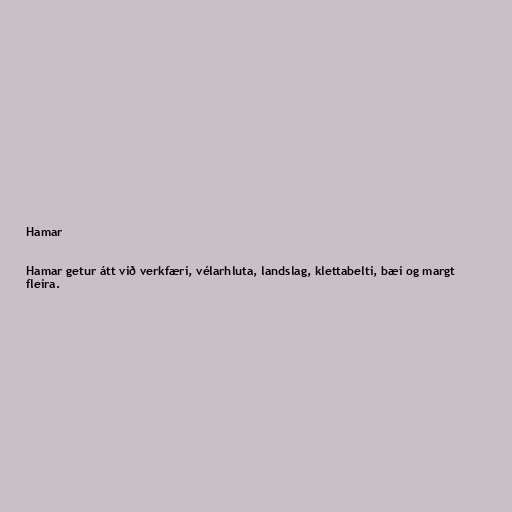
Hamar

Hamar getur átt við verkfæri, vélarhluta, landslag, klettabelti, bæi og margt
fleira.